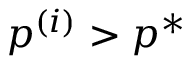
p ^ { ( i ) } > p ^ { * }